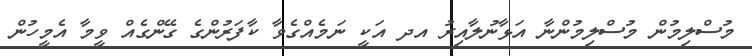
މުސްލިމުން މުސްލިމުންނާ އަޅާނުލާއިރު އދ އަކީ ނަމެއްގެވާ ކާފަރުންގެ ގޭންގެއް ވީމާ އެމީހުން